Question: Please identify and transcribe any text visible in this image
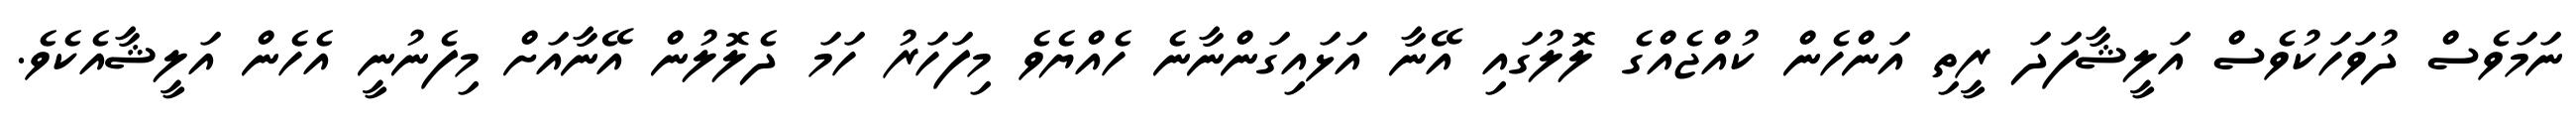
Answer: ނަމަވެސް ދުވަހަކުވެސް އަލީޝާފަދަ ރީތި އަންހެން ކުއްޖެއްގެ ލޮލުގައި އޭނާ އަޅައިގަންނާނެ ހެއްޔެވެ މިފަހަރު ހަމަ ދެލޮލުން އޭނާއަށް މިފެނުނީ އެހެން އަލީޝާއެކެވެ.